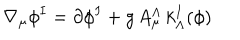
LaTeX: \nabla _ { \mu } \phi ^ { I } = \partial \phi ^ { I } + g \, A _ { \mu } ^ { \Lambda } \, k _ { \Lambda } ^ { I } ( \phi )